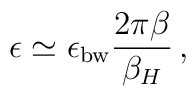
\epsilon\simeq \epsilon_{\rm bw}{2\pi\beta\over \beta_H}\,,